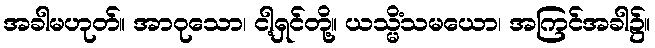
အခါမဟုတ်။ အာဝုသော၊ ငါ့ရှင်တို့။ ယသ္မိံသမယော၊ အကြင်အခါ၌။